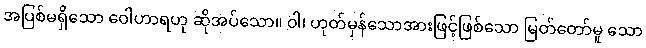
အပြစ်မရှိသော ဝေါဟာရဟု ဆိုအပ်သော။ ဝါ၊ ဟုတ်မှန်သောအားဖြင့်ဖြစ်သော မြတ်တော်မူ သော